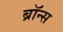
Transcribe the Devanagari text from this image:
ब्रॉन्‍स